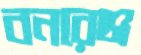
বনরেঞ্জ